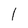
Character: l